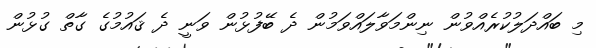
މި ބައްދަލުކުރެއްވުން ނިންމަވާލައްވަމުން ދެ ބޭފުޅުން ވަނީ ދެ ޤައުމުގެ ގާތް ގުޅުން